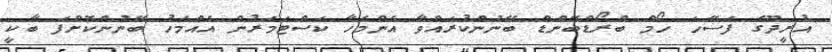
އުރީދޫގެ ފަސޭހަ ހޯމް ބްރޯޑްބޭންޑް ބޭނުންކުރައްވާ އެންމެހާ ކަސްޓަމަރުން އެއްމަހު ބޭނުންކޮށްފަ ބާކީ